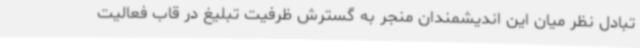
تبادل نظر میان این اندیشمندان منجر به گسترش ظرفیت تبلیغ در قاب فعالیت